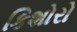
કિશોરો